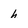
Character: h